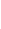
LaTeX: \! \! \! \! \! \! \! \! \! \! \! 0\! \! \! \! \! \! \! \! \! \! \! \! \notin\! \! \! \! \! \! \! \! \! \! \! \! Z\! \! \! \! \! \! \! \! \! \! \! \! _{\! \! \! \! \! \! \! \! \! \! \! \! \varepsilon\! \! \! \! \! \! \! \! \! \! \! \! ^{\! }\! \! \! \! \! \! \! \! \! \! \! *}\! \! \! \! \! \! \! \! \! \! \! \! (K\! \! \! \! \! \! \! \! \! \! \! \! )\! \! \! \! \! \! \! \! \! \! \!